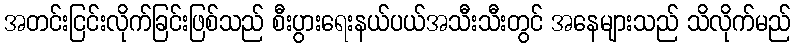
အတင်းငြင်းလိုက်ခြင်းဖြစ်သည် စီးပွားရေးနယ်ပယ်အသီးသီးတွင် အနေများသည် သိလိုက်မည်